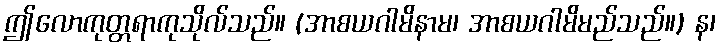
ဤလောကုတ္တရာကုသိုလ်သည်။ (အာစယဂါမိနာမ၊ အာစယဂါမိမည်သည်။) န၊